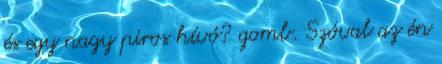
és egy nagy piros hívó? gomb. Szóval az én